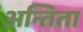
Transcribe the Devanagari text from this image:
अन्तिता